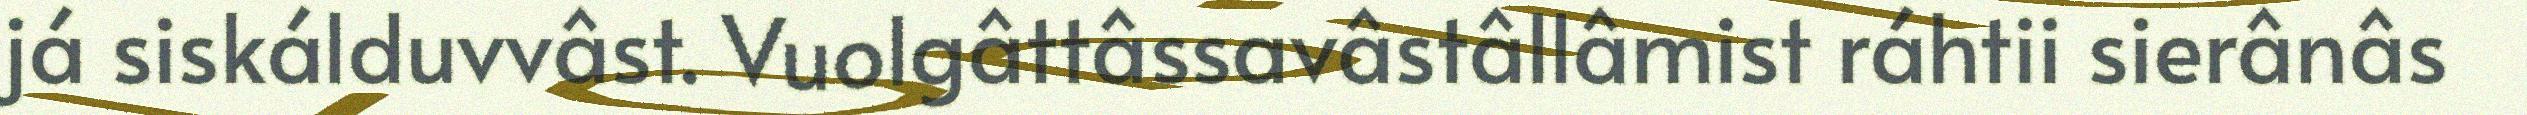
já siskálduvvâst. Vuolgâttâssavâstâllâmist ráhtii sierânâs